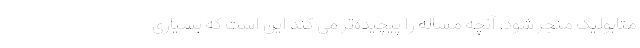
متابولیک منجر شود. آنچه مساله را پیچیده‌تر می کند این است که بسیاری